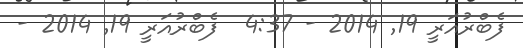
ފެބްރުއަރީ 19